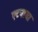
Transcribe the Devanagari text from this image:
एटनाया